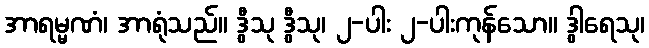
အာရမ္မဏံ၊ အာရုံသည်။ ဒွီသု ဒွီသု၊ ၂-ပါး ၂-ပါးကုန်သော။ ဒွါရေသု၊